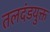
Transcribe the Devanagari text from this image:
तलदंडयुक्त